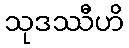
သုဒဿီဟိ